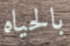
بالحياه